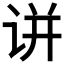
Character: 𬣲